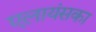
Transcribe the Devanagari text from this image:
एलायंसका